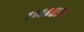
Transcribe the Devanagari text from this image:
११४४०३८